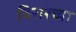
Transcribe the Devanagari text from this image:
विरारच्या